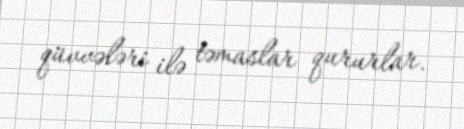
qüvvələri ilə təmaslar qururlar.